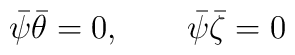
\bar\psi \bar\theta =0,\qquad\bar\psi \bar\zeta =0